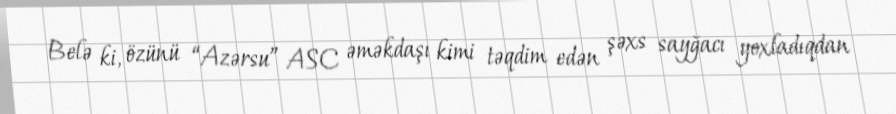
Belə ki, özünü “Azərsu” ASC əməkdaşı kimi təqdim edən şəxs sayğacı yoxladıqdan